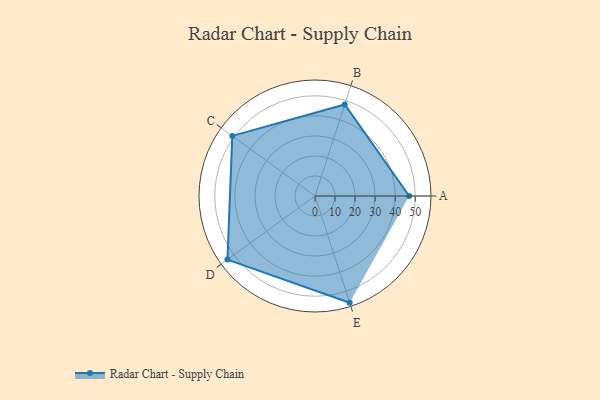
{"axis": {"x": "Skill", "y": "Score"}, "legend": ["Profile"], "data": [{"x": "A", "y": 47.0, "type": "Profile"}, {"x": "B", "y": 48.0, "type": "Profile"}, {"x": "C", "y": 51.0, "type": "Profile"}, {"x": "D", "y": 54.0, "type": "Profile"}, {"x": "E", "y": 56.0, "type": "Profile"}]}